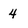
Character: 4